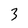
Character: 3